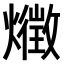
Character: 𤑈